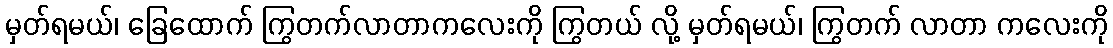
မှတ်ရမယ်၊ ခြေထောက် ကြွတက်လာတာကလေးကို ကြွတယ် လို့ မှတ်ရမယ်၊ ကြွတက် လာတာ ကလေးကို